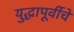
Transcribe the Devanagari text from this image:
युद्धापूर्वीचे